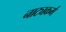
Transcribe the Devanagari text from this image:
नाट्यकर्म